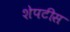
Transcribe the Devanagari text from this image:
शेपटीस